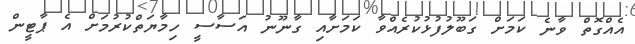
އެއްގޮތް ވާނެ ކަމަށް ގަބޫލުފުޅުކުރެއްވާ ކަމަށާއި ގާނޫނު އަސާސީ ހިމާޔަތްކުރުމަށް އެ ޕާޓީން